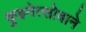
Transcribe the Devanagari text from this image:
कुझ्नेत्सोवाने